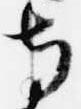
寺